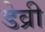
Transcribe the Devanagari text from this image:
डेव्री